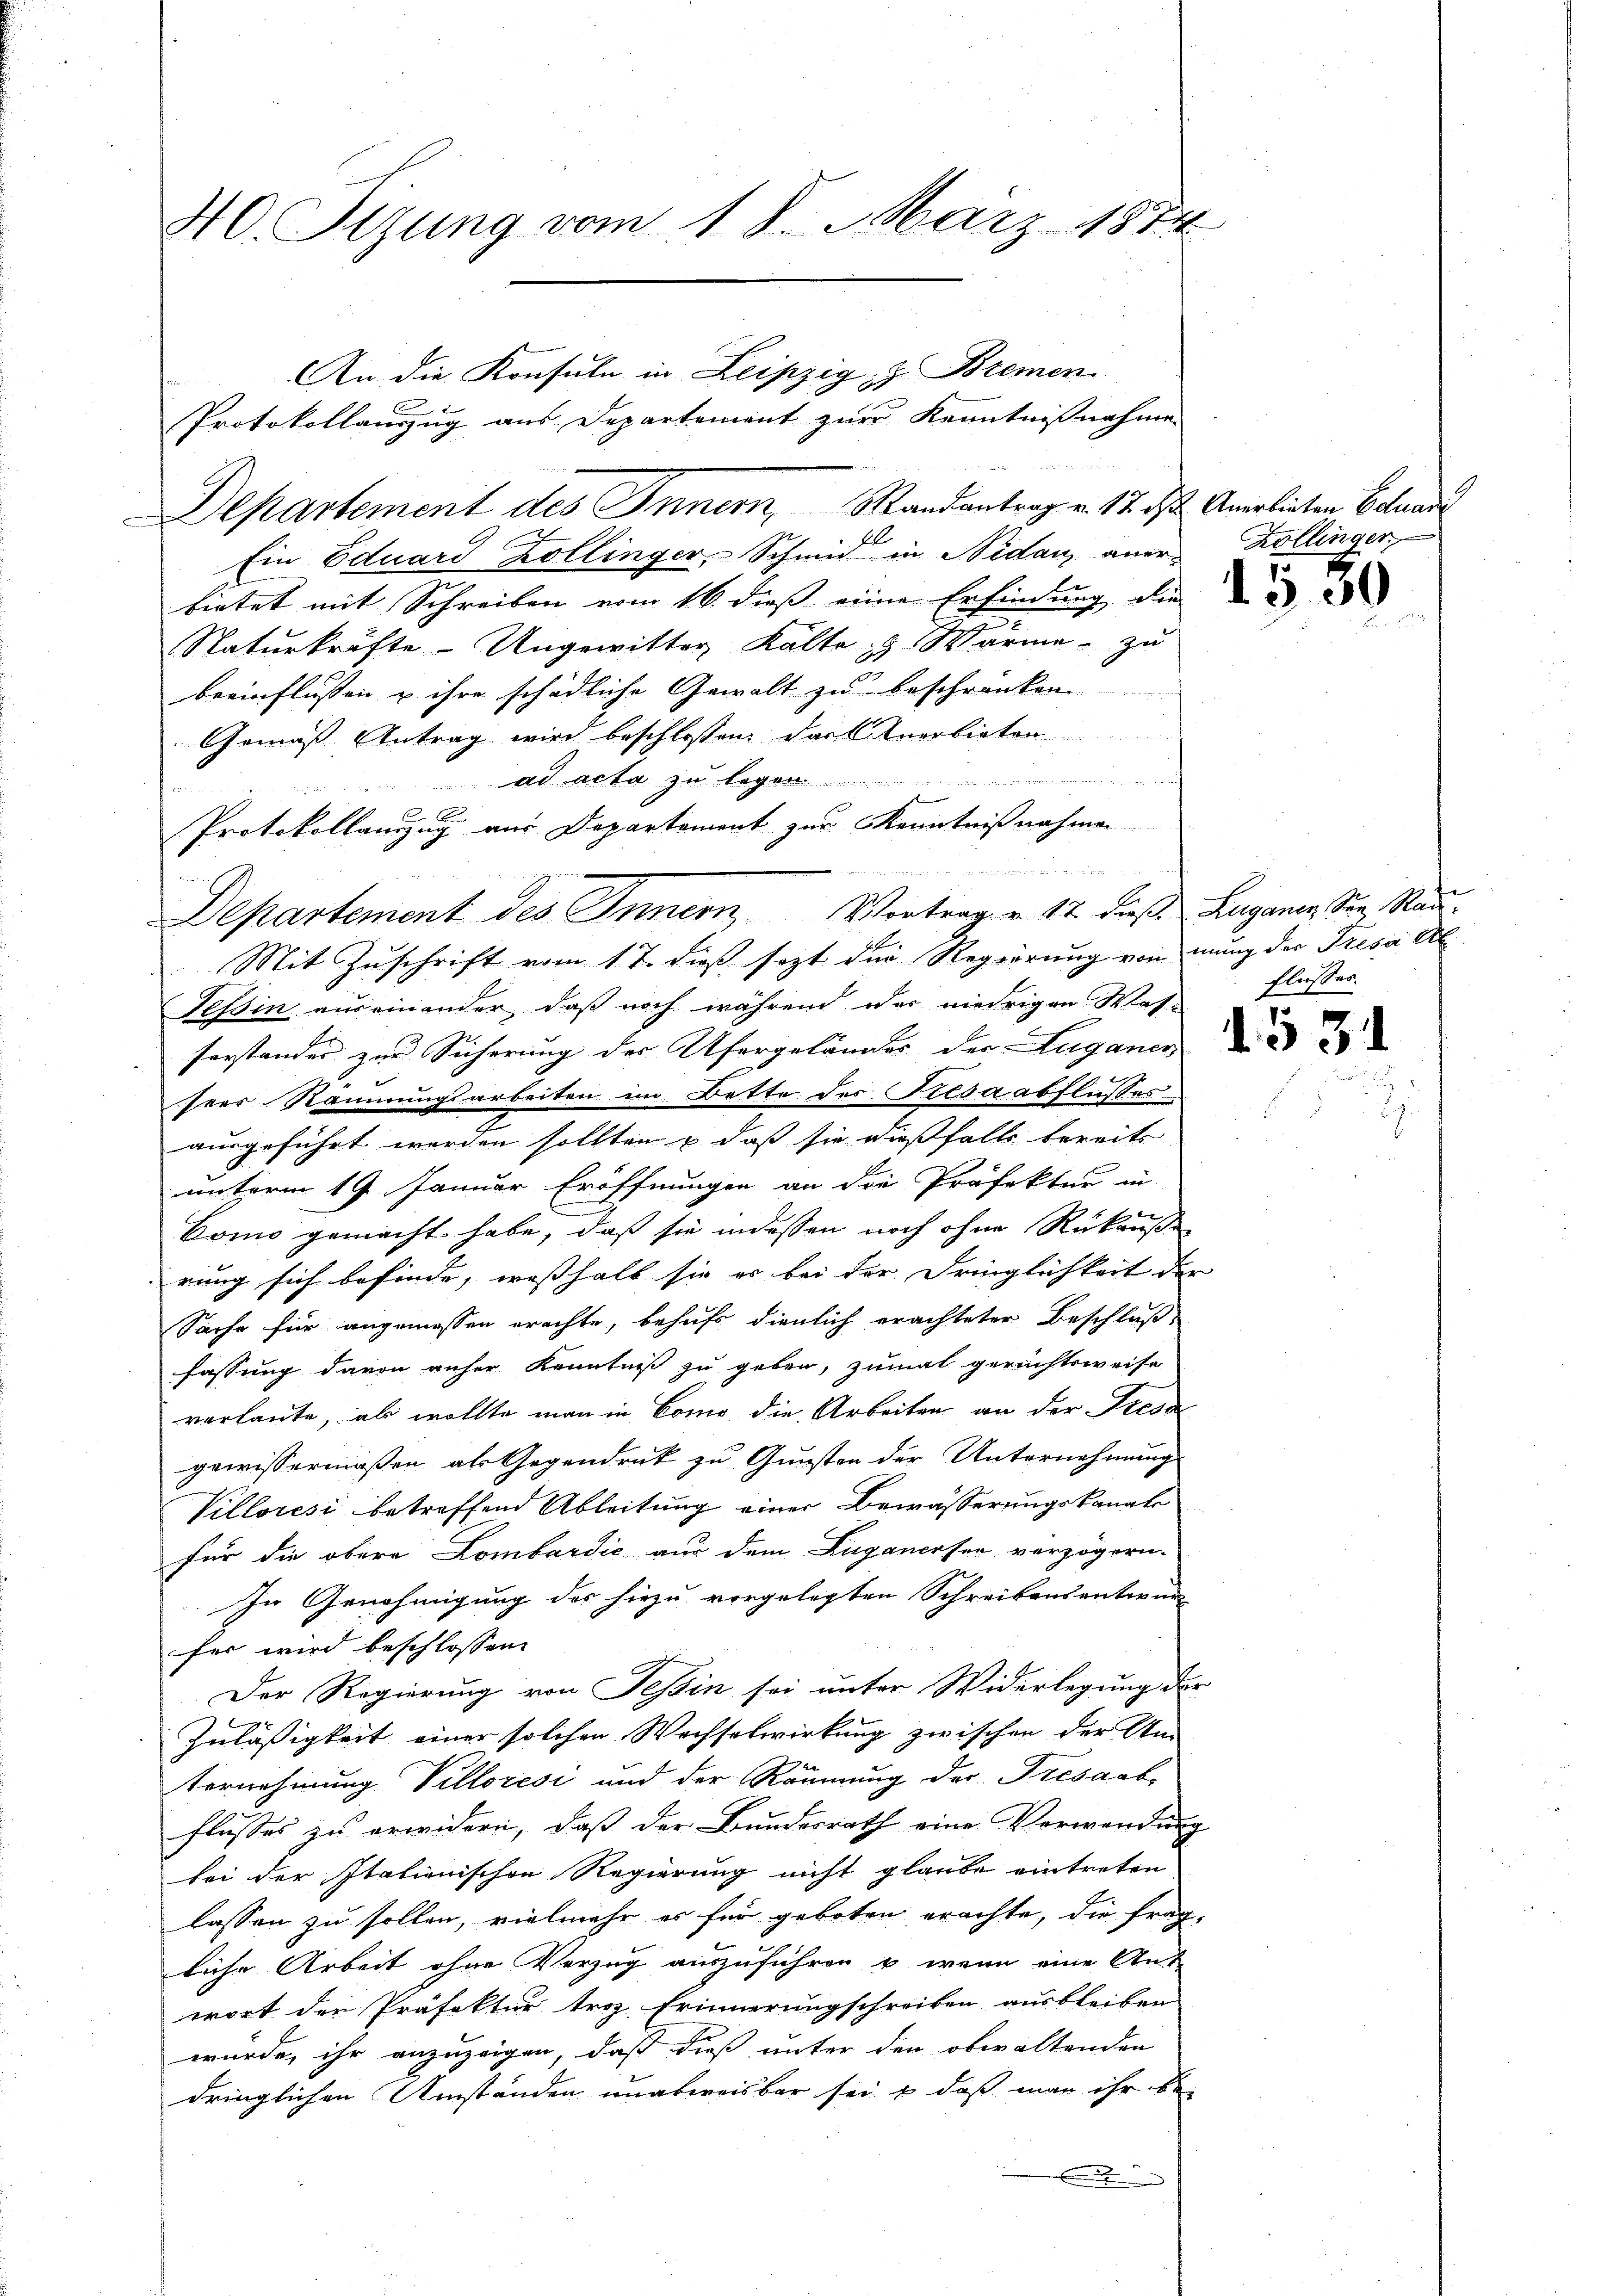
40. Sizung vom 18. März 1874

F
Ein Eduard Zollinger, Schmid in Nidau aner Köllinger
bietet mit Schreiben vom 16. dieß eine Erfindung die
Naturkräfte - Ungewitter Kalte Wärme zu
beeinflussen u ihre schädliche Gewalt zu beschränken.
Gemäß Antrag wird beschlossen, dass Anerlieben
 ad acta zu legen
Protokollauszug aus Departement zur Kenntnißnahmen
Tessin auseinander, daß noch während der niedrigen Was-
forstander zur Sicherung des Ufergelanges der Luganer
seer Räumungsarbeiten im Bette des Kiesaabflusses
ausgeführt worden sollten & daß sie dießfalls bereits
unterm 19. Januar Eröffnungen an die Präfektur in
Como gemacht habe, daß sie indessen noch ohne Rückäuße
rung sich befinde, weßhalb sie er bei der Dringlichkeit de
Sache für angemessen erachte, behufs dienlich erachteter Beschluß
fassung davon anher Kenntniß zu geben, zumal gerichtsweise
verlaute, als wollte man in Como, die Arbeiten an der Press
gewissermaßen als Gegendruck zu Gunsten der Unternehmung
Villorési betreffend Ableitung einer Bewässerungskanal
für die obere Lombardić aus dem Zuganerfen verzögern-
In Genehmigung des hiezu vorgelegten Schreibensantwor-
fer wird beschlossen:
Der Regierung von Tessin sei unter Widerlegung
Zuläßigkeit einer solchen Wechselwirkung zwischen der An-
Vernehmung Villoresi und der Räumung der Tresaabflusses zu erwidern, daß der Bundesrath eine Verwande
bei der Italienischen Regierung nicht glaube eintreten
lassen zu sollen, vielmehr es für geboten erachte, die frag
liche Arbeit ohne Verzug auszuführen & wenn eine An-
wort der Präfektur troz Erinnerungschreiben ausbleiben
wurde, ihr anzuzeigen, daß dieß unter den obwaltenden
dringlichen Umständen unabweisbar sei & daß man ihr b

C

Departement des Innern, Randantrag v. 17. ds Anerbieten Calande

An die Konsuln in Leipzig, z. Bremen
Protokollauszug aus Departement zur Kenntnisnahme

Departement des Innern Vortrag v. 17. dieß. Luganen See, Rau¬
Mit Zuschrift vom 17. dieß sezt die Regierung von mung der Tresii Al

u

15.00

Flusses.

1.531